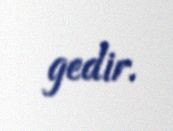
gedir.